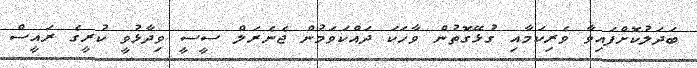
ބަދަލުކޮށްފައިވާ ވެރިކަމާއި ގުޅޭގޮތުން ވާހަކަ ދައްކަވަމުން ޖެނެރަލް ސީސީ ވިދާޅުވީ ކުރީގެ ރައީސް